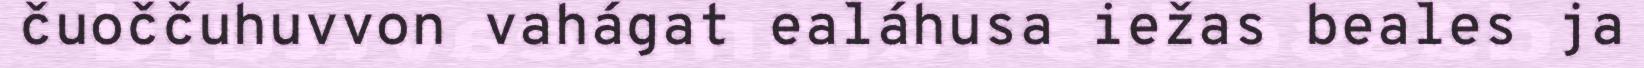
čuoččuhuvvon vahágat ealáhusa iežas beales ja